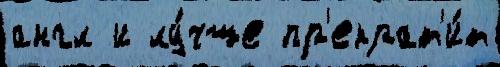
англ и лу́чше пр'екрат'и́т